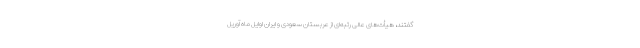
گفتند، هیأت‌های عالی رتبه‌ای از عربستان سعودی و ایران اوایل ماه آوریل